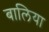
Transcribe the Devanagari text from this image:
बालिया